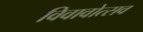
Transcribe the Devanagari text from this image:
विवावोत्सव